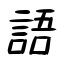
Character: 語